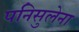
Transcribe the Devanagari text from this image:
पनिसुलेना